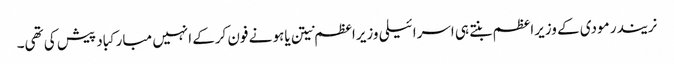
نریندر مودی کے وزیراعظم بنتے ہی اسرائیلی وزیراعظم نیتن یاہو نے فون کرکے انہیں مبارکباد پیش کی تھی۔